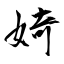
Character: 婍